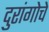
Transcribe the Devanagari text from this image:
दुरांगोचे